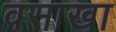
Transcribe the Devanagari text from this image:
वसाखा